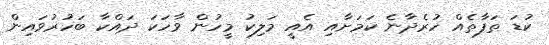
ކުޑަ ތަފާތެއް ހުރެދާނެ ކަމަށާއި އެއީ މަލިކު މީހުން ވާހަކަ ދައްކާ ބަހުރުވައިން